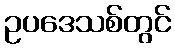
ဥပဒေသစ်တွင်